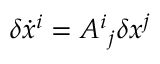
\delta \dot { x } ^ { i } = A ^ { i } { } _ { j } \delta x ^ { j }